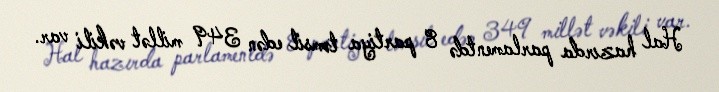
Hal hazırda parlamentdə 8 partiya təmsil edən 349 millət vəkili var.